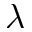
\lambda